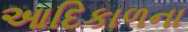
આદિકાળના